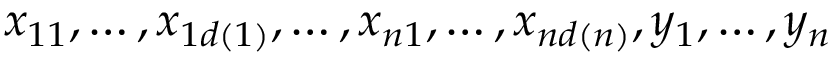
x _ { 1 1 } , \dots , x _ { 1 d ( 1 ) } , \dots , x _ { n 1 } , \dots , x _ { n d ( n ) } , y _ { 1 } , \dots , y _ { n }